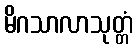
မိဂသာလာသုတ္တံ